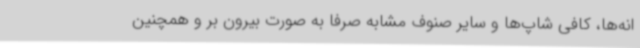
انه‌ها، کافی شاپ‌ها و سایر صنوف مشابه صرفاً به صورت بیرون بر و همچنین